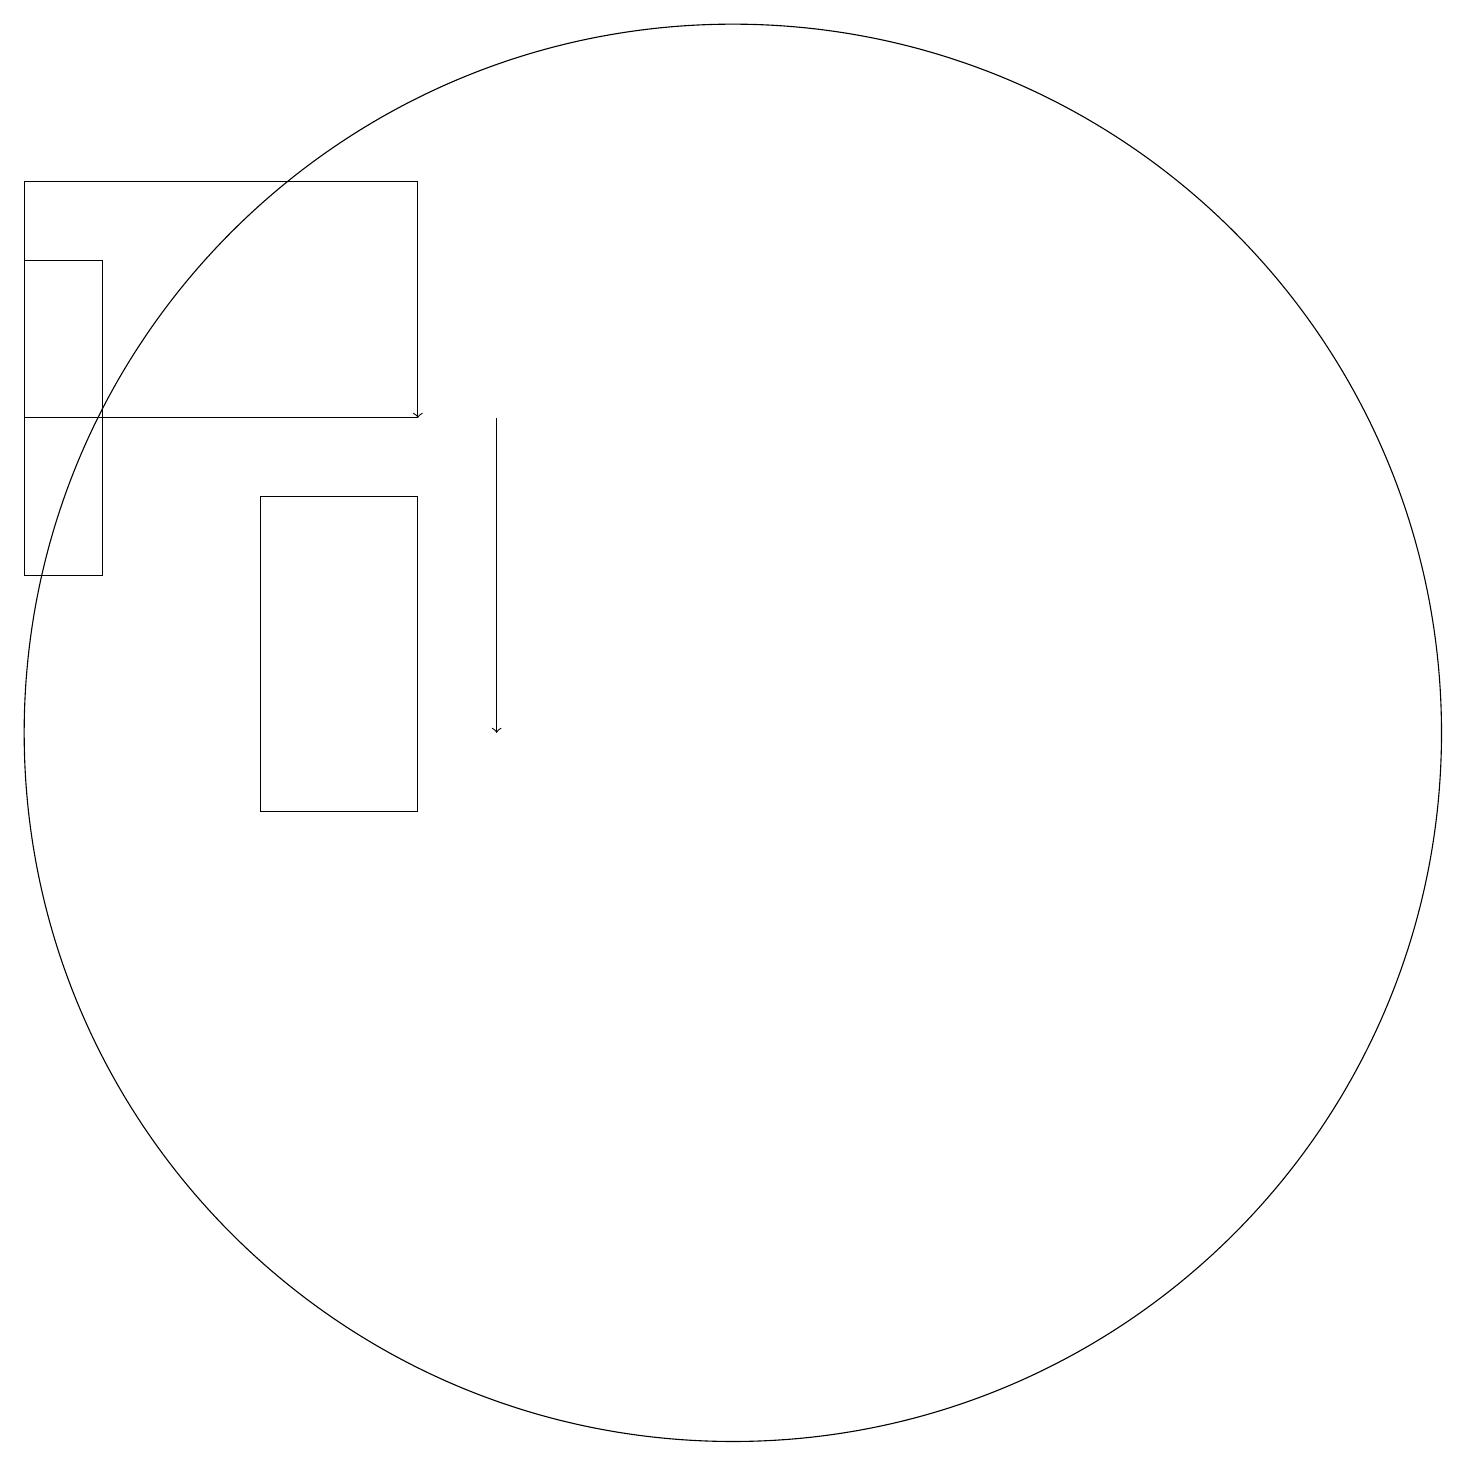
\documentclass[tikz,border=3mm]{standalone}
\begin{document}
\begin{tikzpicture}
\draw (11,12) circle (9);
\draw[->] (7,19) -- (7,16);
\draw (2,14) rectangle (3,18);
\draw (2,19) rectangle (7,16);
\draw[->] (8,16) -- (8,12);
\draw (7,11) rectangle (5,15);
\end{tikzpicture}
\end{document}